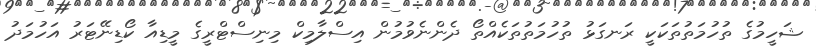
ޝަހީމުގެ ތުހުމަތުތަކަކީ ރަނގަޅު ތުހުމަތުތަކެއްތޯ ދެންނެވުމުން އިސްލާމިކް މިނިސްޓްރީގެ މީޑިއާ ކޯޑިނޭޓަރު އަހުމަދު